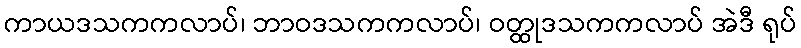
ကာယဒသကကလာပ်၊ ဘာဝဒသကကလာပ်၊ ဝတ္ထုဒသကကလာပ် အဲဒီ ရုပ်